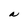
Character: a